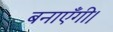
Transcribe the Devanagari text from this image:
बनाएँगी।